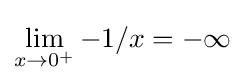
\lim _{x\to 0^{+}}{-1/x}=-\infty